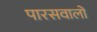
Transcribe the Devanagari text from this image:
पारसवालों